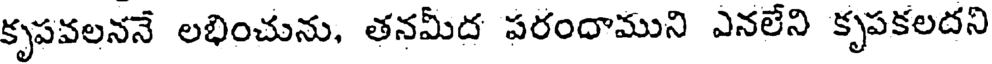
కృపవలననే లభించును, తనమీద పరందాముని ఎనలేని కృపకలదని